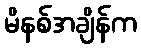
မိနစ်အချိန်က